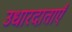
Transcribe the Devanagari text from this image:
उधारदाताएँ